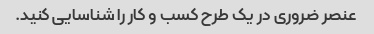
عنصر ضروری در یک طرح کسب و کار را شناسایی کنید.